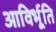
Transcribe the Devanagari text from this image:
आविर्भूति